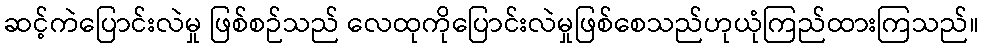
ဆင့်ကဲပြောင်းလဲမှု ဖြစ်စဉ်သည် လေထုကိုပြောင်းလဲမှုဖြစ်စေသည်ဟုယုံကြည်ထားကြသည်။